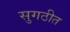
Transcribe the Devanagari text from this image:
सुगठीत